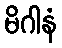
မိဂါနံ